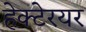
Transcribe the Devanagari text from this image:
हेक्टेरयर